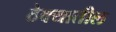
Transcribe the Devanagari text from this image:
ठेक्‍यातील